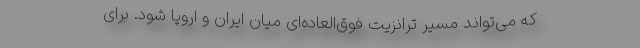
که می‌تواند مسیر ترانزیت فوق‌العاده‌ای میان ایران و اروپا شود. برای